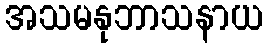
အသမနုဘာသနာယ